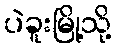
ပဲခူးမြို့သို့